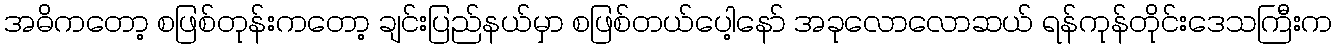
အဓိကတော့ စဖြစ်တုန်းကတော့ ချင်းပြည်နယ်မှာ စဖြစ်တယ်ပေါ့နော် အခုလောလောဆယ် ရန်ကုန်တိုင်းဒေသကြီးက